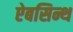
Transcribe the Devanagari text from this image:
ऐबसिन्थ